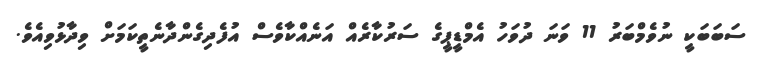
ސަބަބަކީ ނުވެމްބަރު 11 ވަނަ ދުވަހު އެމްޑީޕީގެ ސަރުކާރެއް އަނެއްކާވެސް އުފެދިގެންދާނެތީކަމަށް ވިދާޅުވިއެވެ.